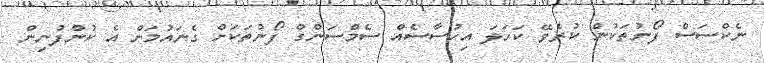
ނެކްސަސް ފޯނުތަކުން ކުރެވޭ ކަހަލަ އިހުސާސެއް ސެމްސަންގް ފޯނުތަކަށް ގެނައުމަށް އެ ކުންފުނިން